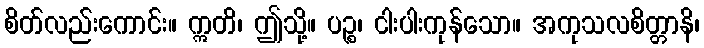
စိတ်လည်းကောင်း။ ဣတိ၊ ဤသို့။ ပဉ္စ၊ ငါးပါးကုန်သော။ အကုသလစိတ္တာနိ၊